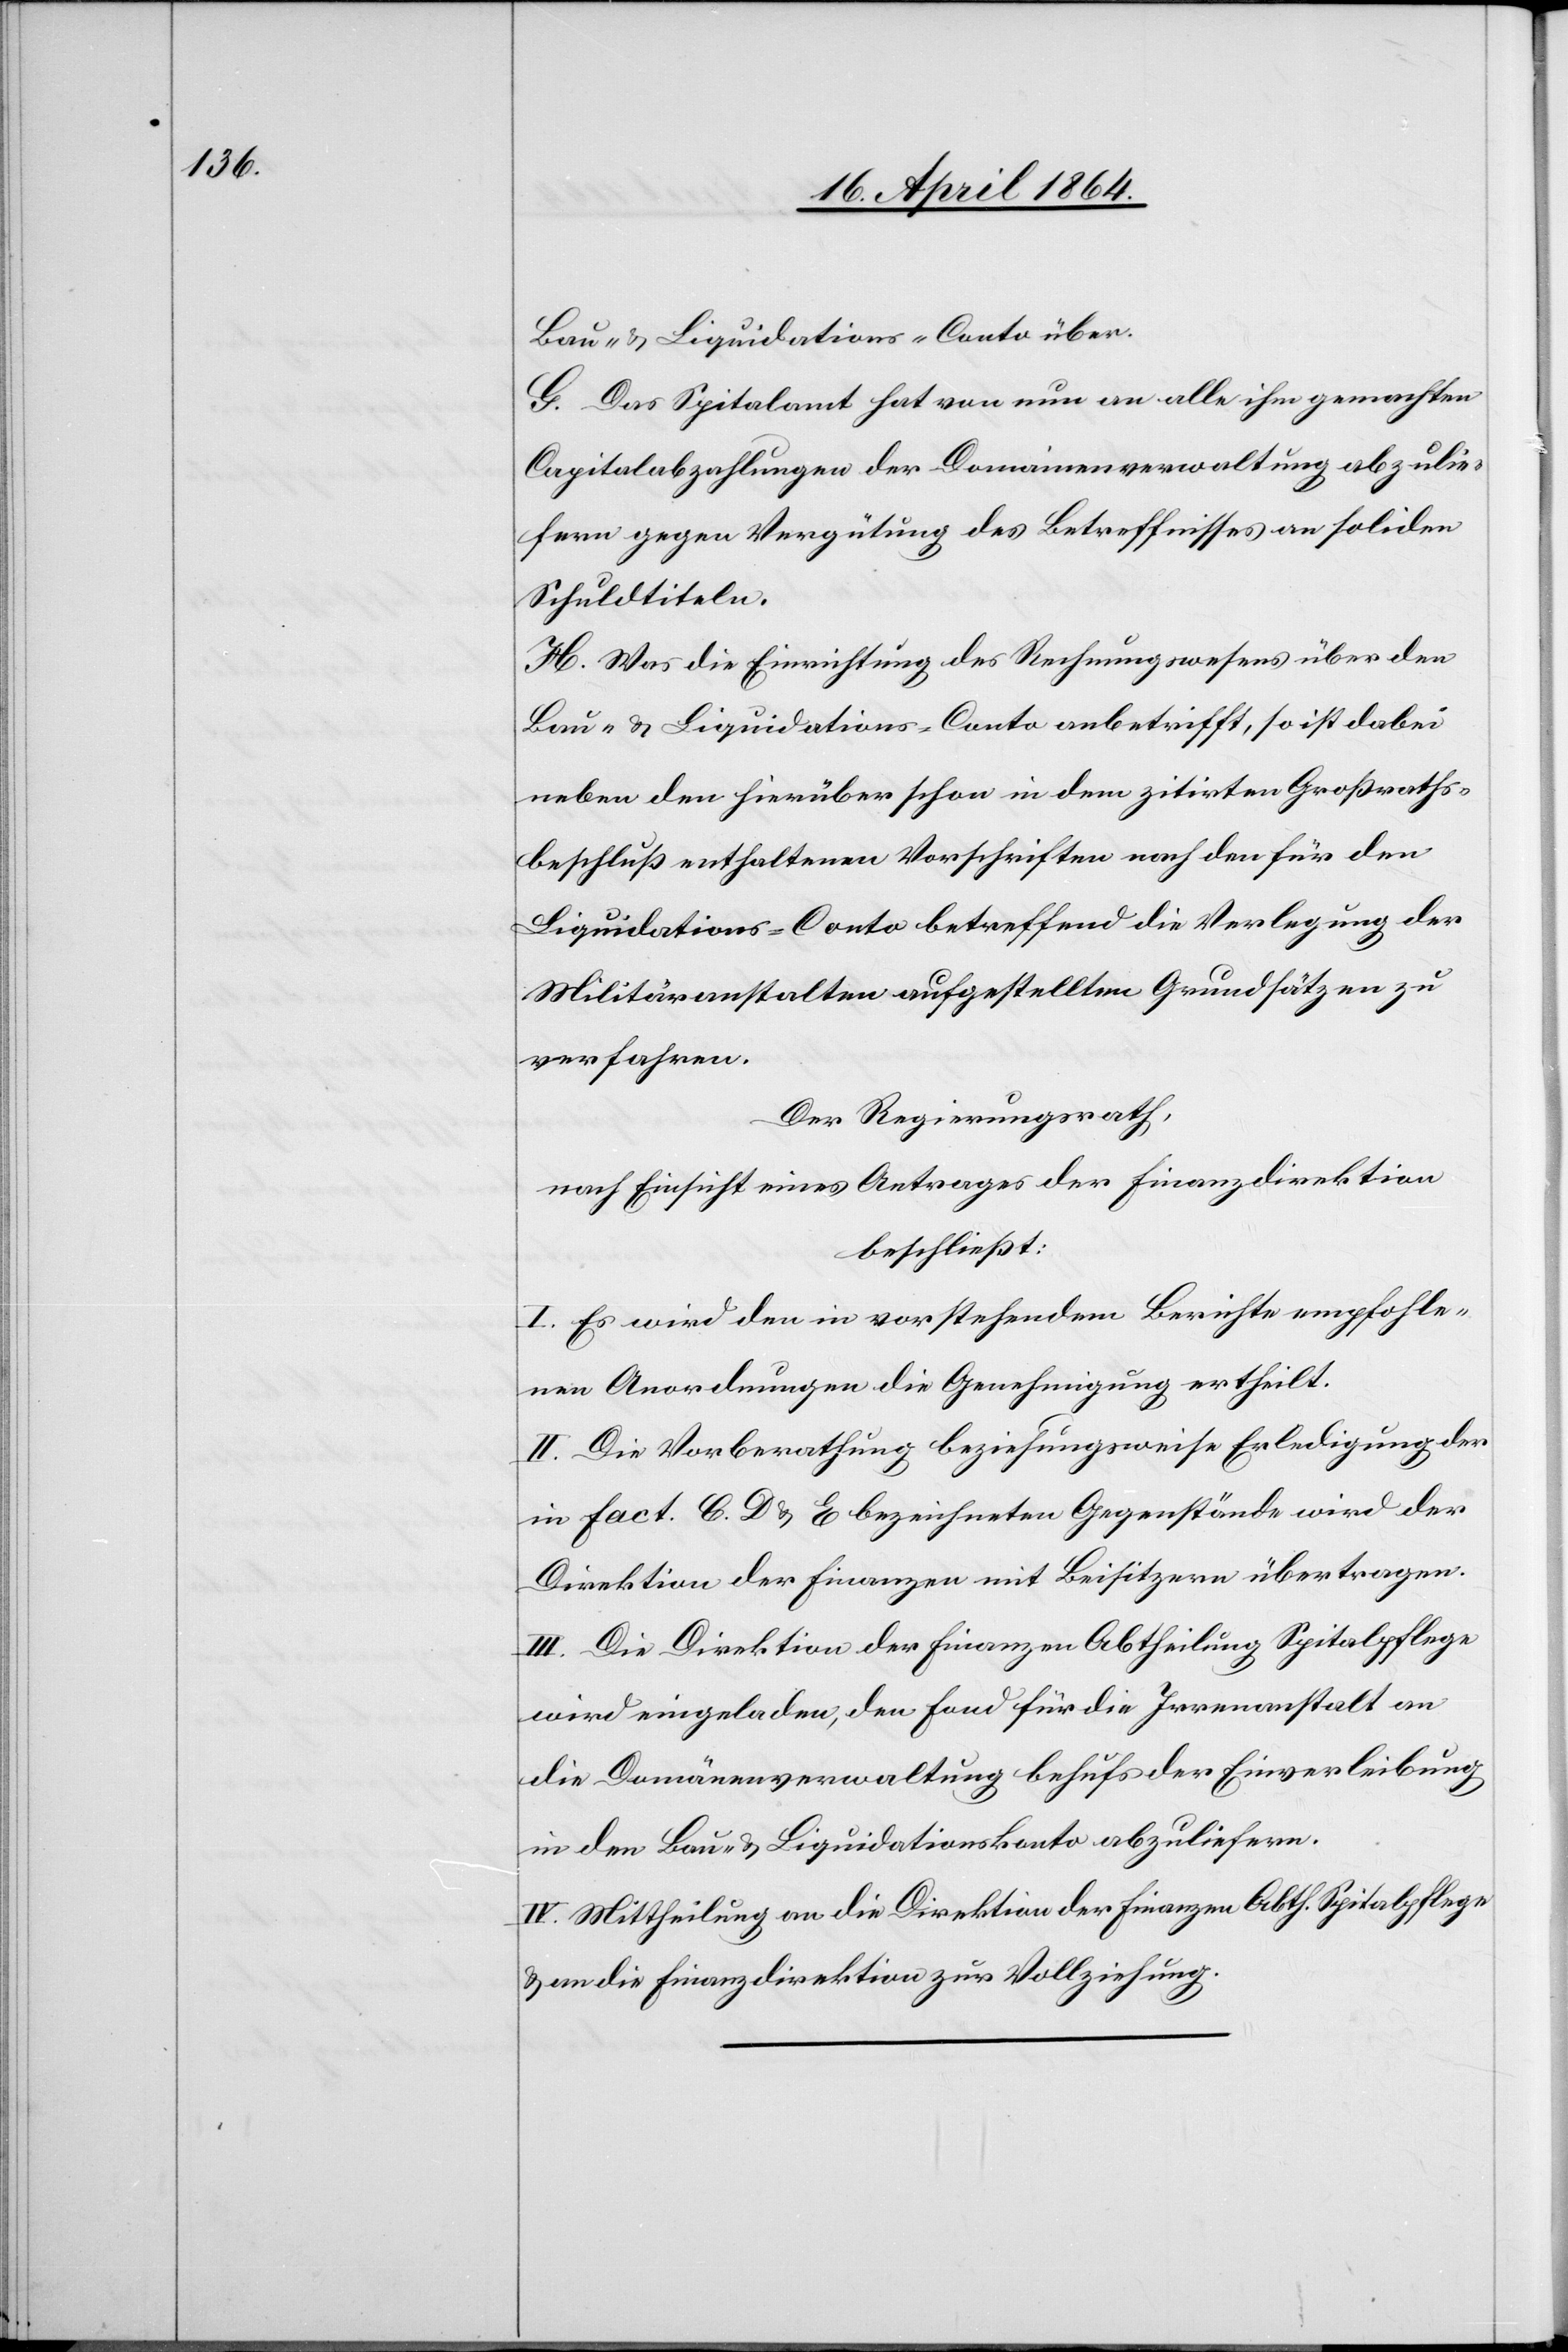
Bau- u. Liquidations-Conto über.
G. Das Spitalamt hat von nun an alle ihm gemachten
Capitalabzahlungen der Domainenverwaltung abzulie¬
fern gegen Vergütung des Betreffnisses an soliden
Schuldtiteln.
H. Was die Einrichtung des Rechnungswesens über den
Bau- u. Liquidations-Conto anbetrifft, so ist dabei
neben den hierüber schon in dem zitirten Großraths¬
beschluß enthaltenen Vorschriften nach den für den
Liquidations-Conto betreffend die Verlegung der
Militäranstalten aufgestellten Grundsätzen zu
verfahren.
Der Regierungsrath,
nach Einsicht eines Antrages der Finanzdirektion
beschließt:
I. Es wird den in vorstehendem Berichte empfohle¬
nen Anordnungen die Genehmigung ertheilt.
II. Die Vorberathung beziehungsweise Erledigung der
in Fact. C.[,] D. u. E. bezeichneten Gegenstände wird der
Direktion der Finanzen mit Beisitzern übertragen.
III. Die Direktion der Finanzen Abtheilung Spitalpflege
wird eingeladen, den Fond für die Irrenanstalt an
die Domänenverwaltung behufs der Einverleibung
in den Bau- u. Liquidationskonto abzuliefern.
IV. Mittheilung an die Direktion der Finanzen Abth. Spitalpflege
u. an die Finanzdirektion zur Vollziehung.